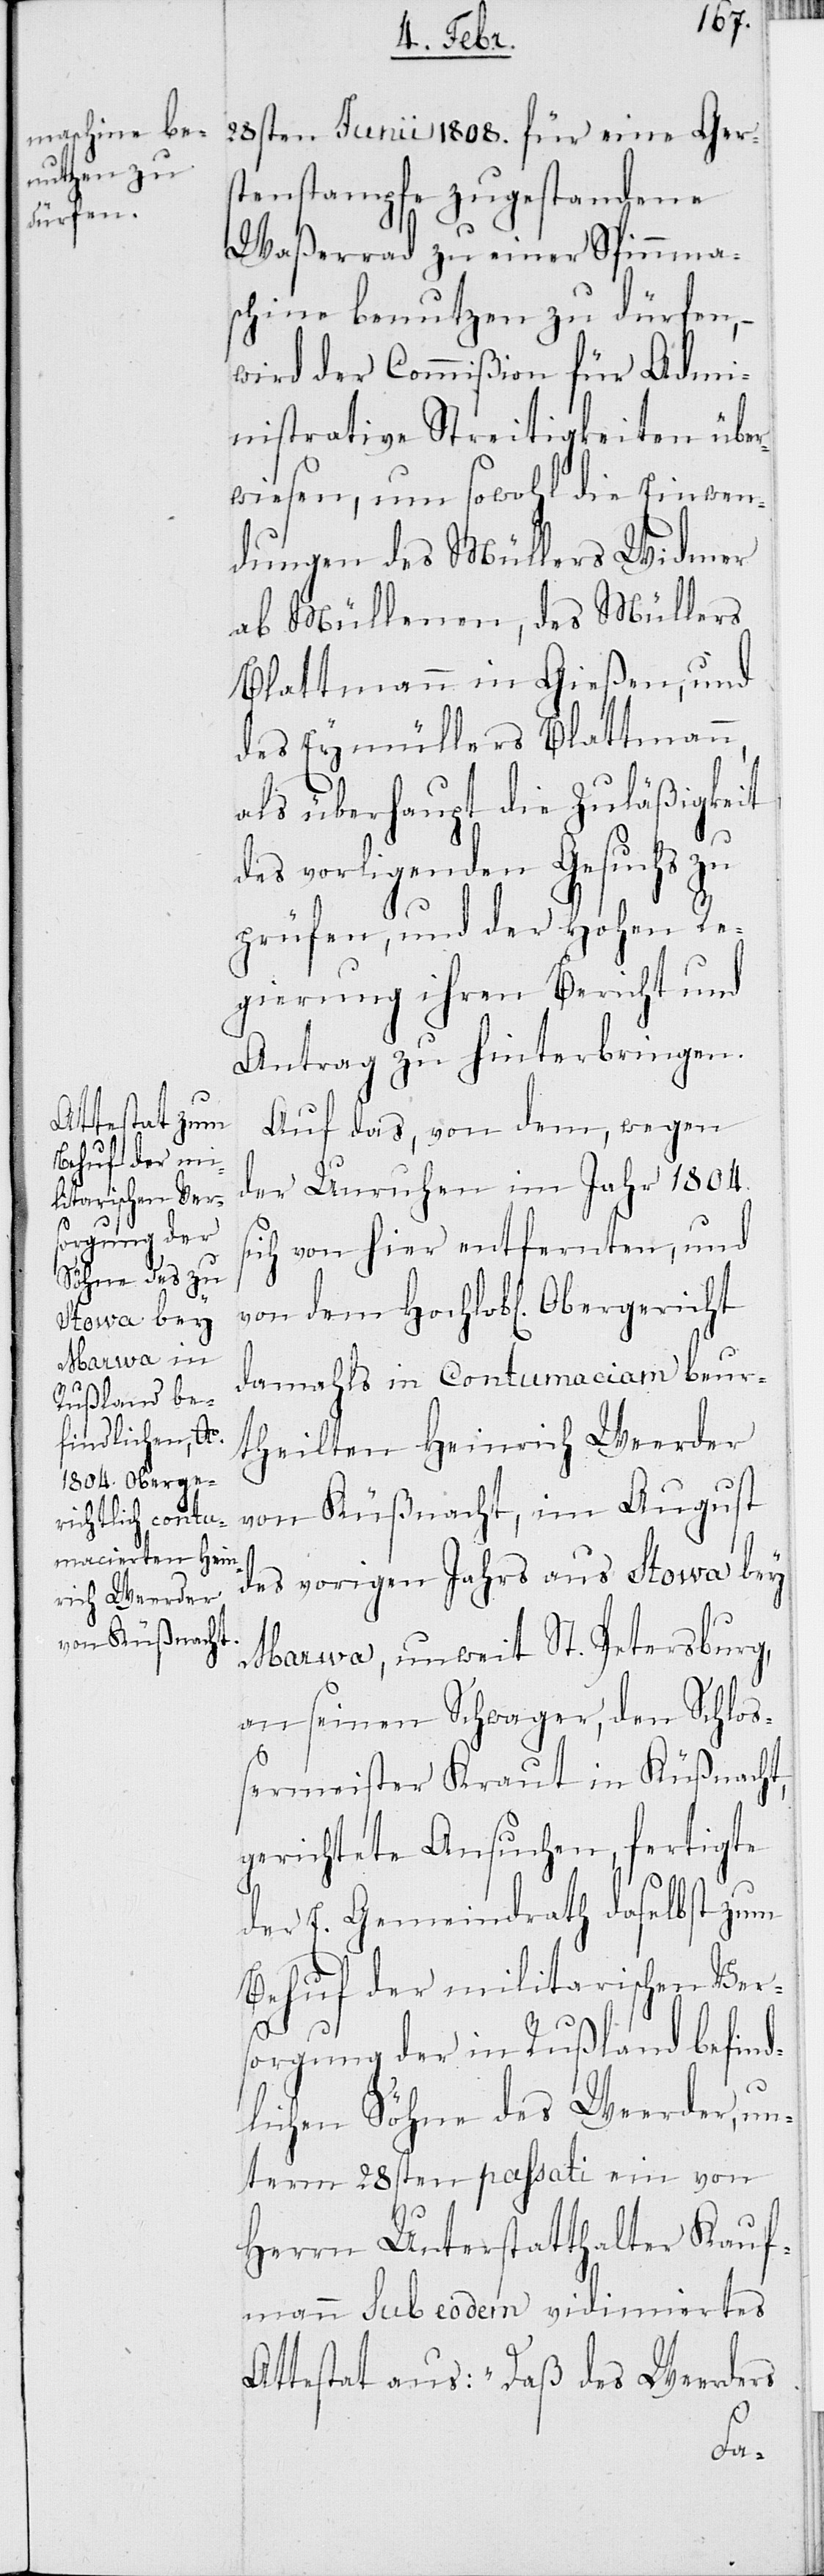
s¬

28sten Junii 1808. für eine Gers¬
tenstampfe zugestandene
Waßerrad zu einer Spinnma¬
schine benutzen zu dürfen, –
wird der Commißion für Admi¬
nistrative Streitigkeiten über¬
wiesen, um sowohl die Einwen¬
dungen des Müllers Widmer
ab Müllenen, des Müllers
Blattmann in Gießen, und
des Eymüllers Blattmann,
als überhaupt die Zuläßigkeit
des vorliegenden Gesuchs zu
prüfen, und der Hohen Re¬
gierung ihren Bericht und
Antrag zu hinterbringen.
Auf das, von dem, wegen
der Unruhen im Jahr 1804.
ich von hier entfernten, und
damahls in Contumaciam beur¬
theilten Heinrich Weerder
von Küßnacht, im August
des vorigen Jahrs aus Stowa bey
Marwa, unweit St. Petersburg,
an seinen Schwager, den Schloß¬
ermeister Kraut in Küßnacht,
gerichteten Ansuchen, fertigte
der E. Gemeindrath daselbst zum
Behuf der militarischen Ver¬
sorgung der in Rußland befind¬
lichen Söhne des Weerder, un¬
term 28sten passati ein von
Herrn Unterstatthalter Kauf¬
mann sub eodem vidimiertes
Attestat aus: „Daß des Weerders
von